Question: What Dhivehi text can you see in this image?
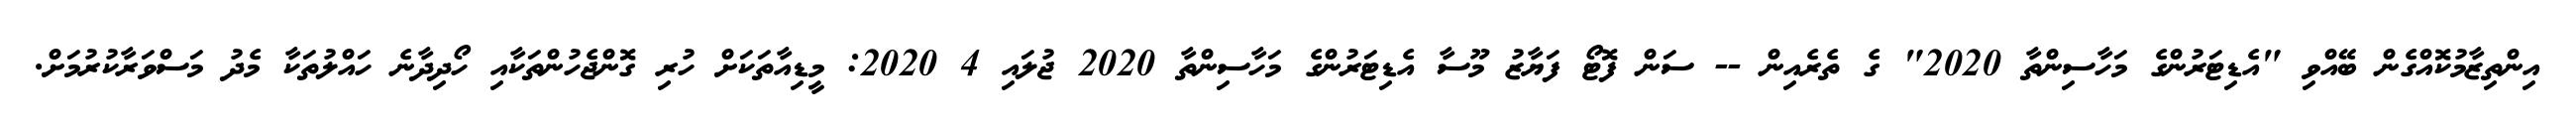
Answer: އިންތިޒާމުކޮއްގެން ބޭއްވި "އެޑިޓަރުންގެ މަހާސިންތާ 2020" ގެ ތެރެއިން -- ސަން ފޮޓޯ ފަޔާޒު މޫސާ އެޑިޓަރުންގެ މަހާސިންތާ 2020 ޖުލައި 4 2020: މީޑިއާތަކަށް ހުރި ގޮންޖެހުންތަކާއި ހޯދިދާނެ ހައްލުތަކާ މެދު މަސްވަރާކުރުމަށް.